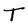
Character: T